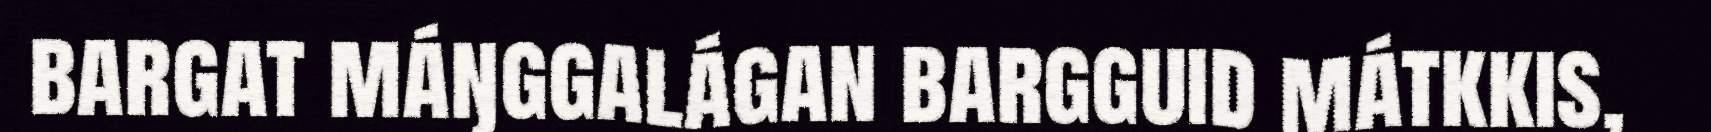
bargat máŋggalágan bargguid mátkkis,